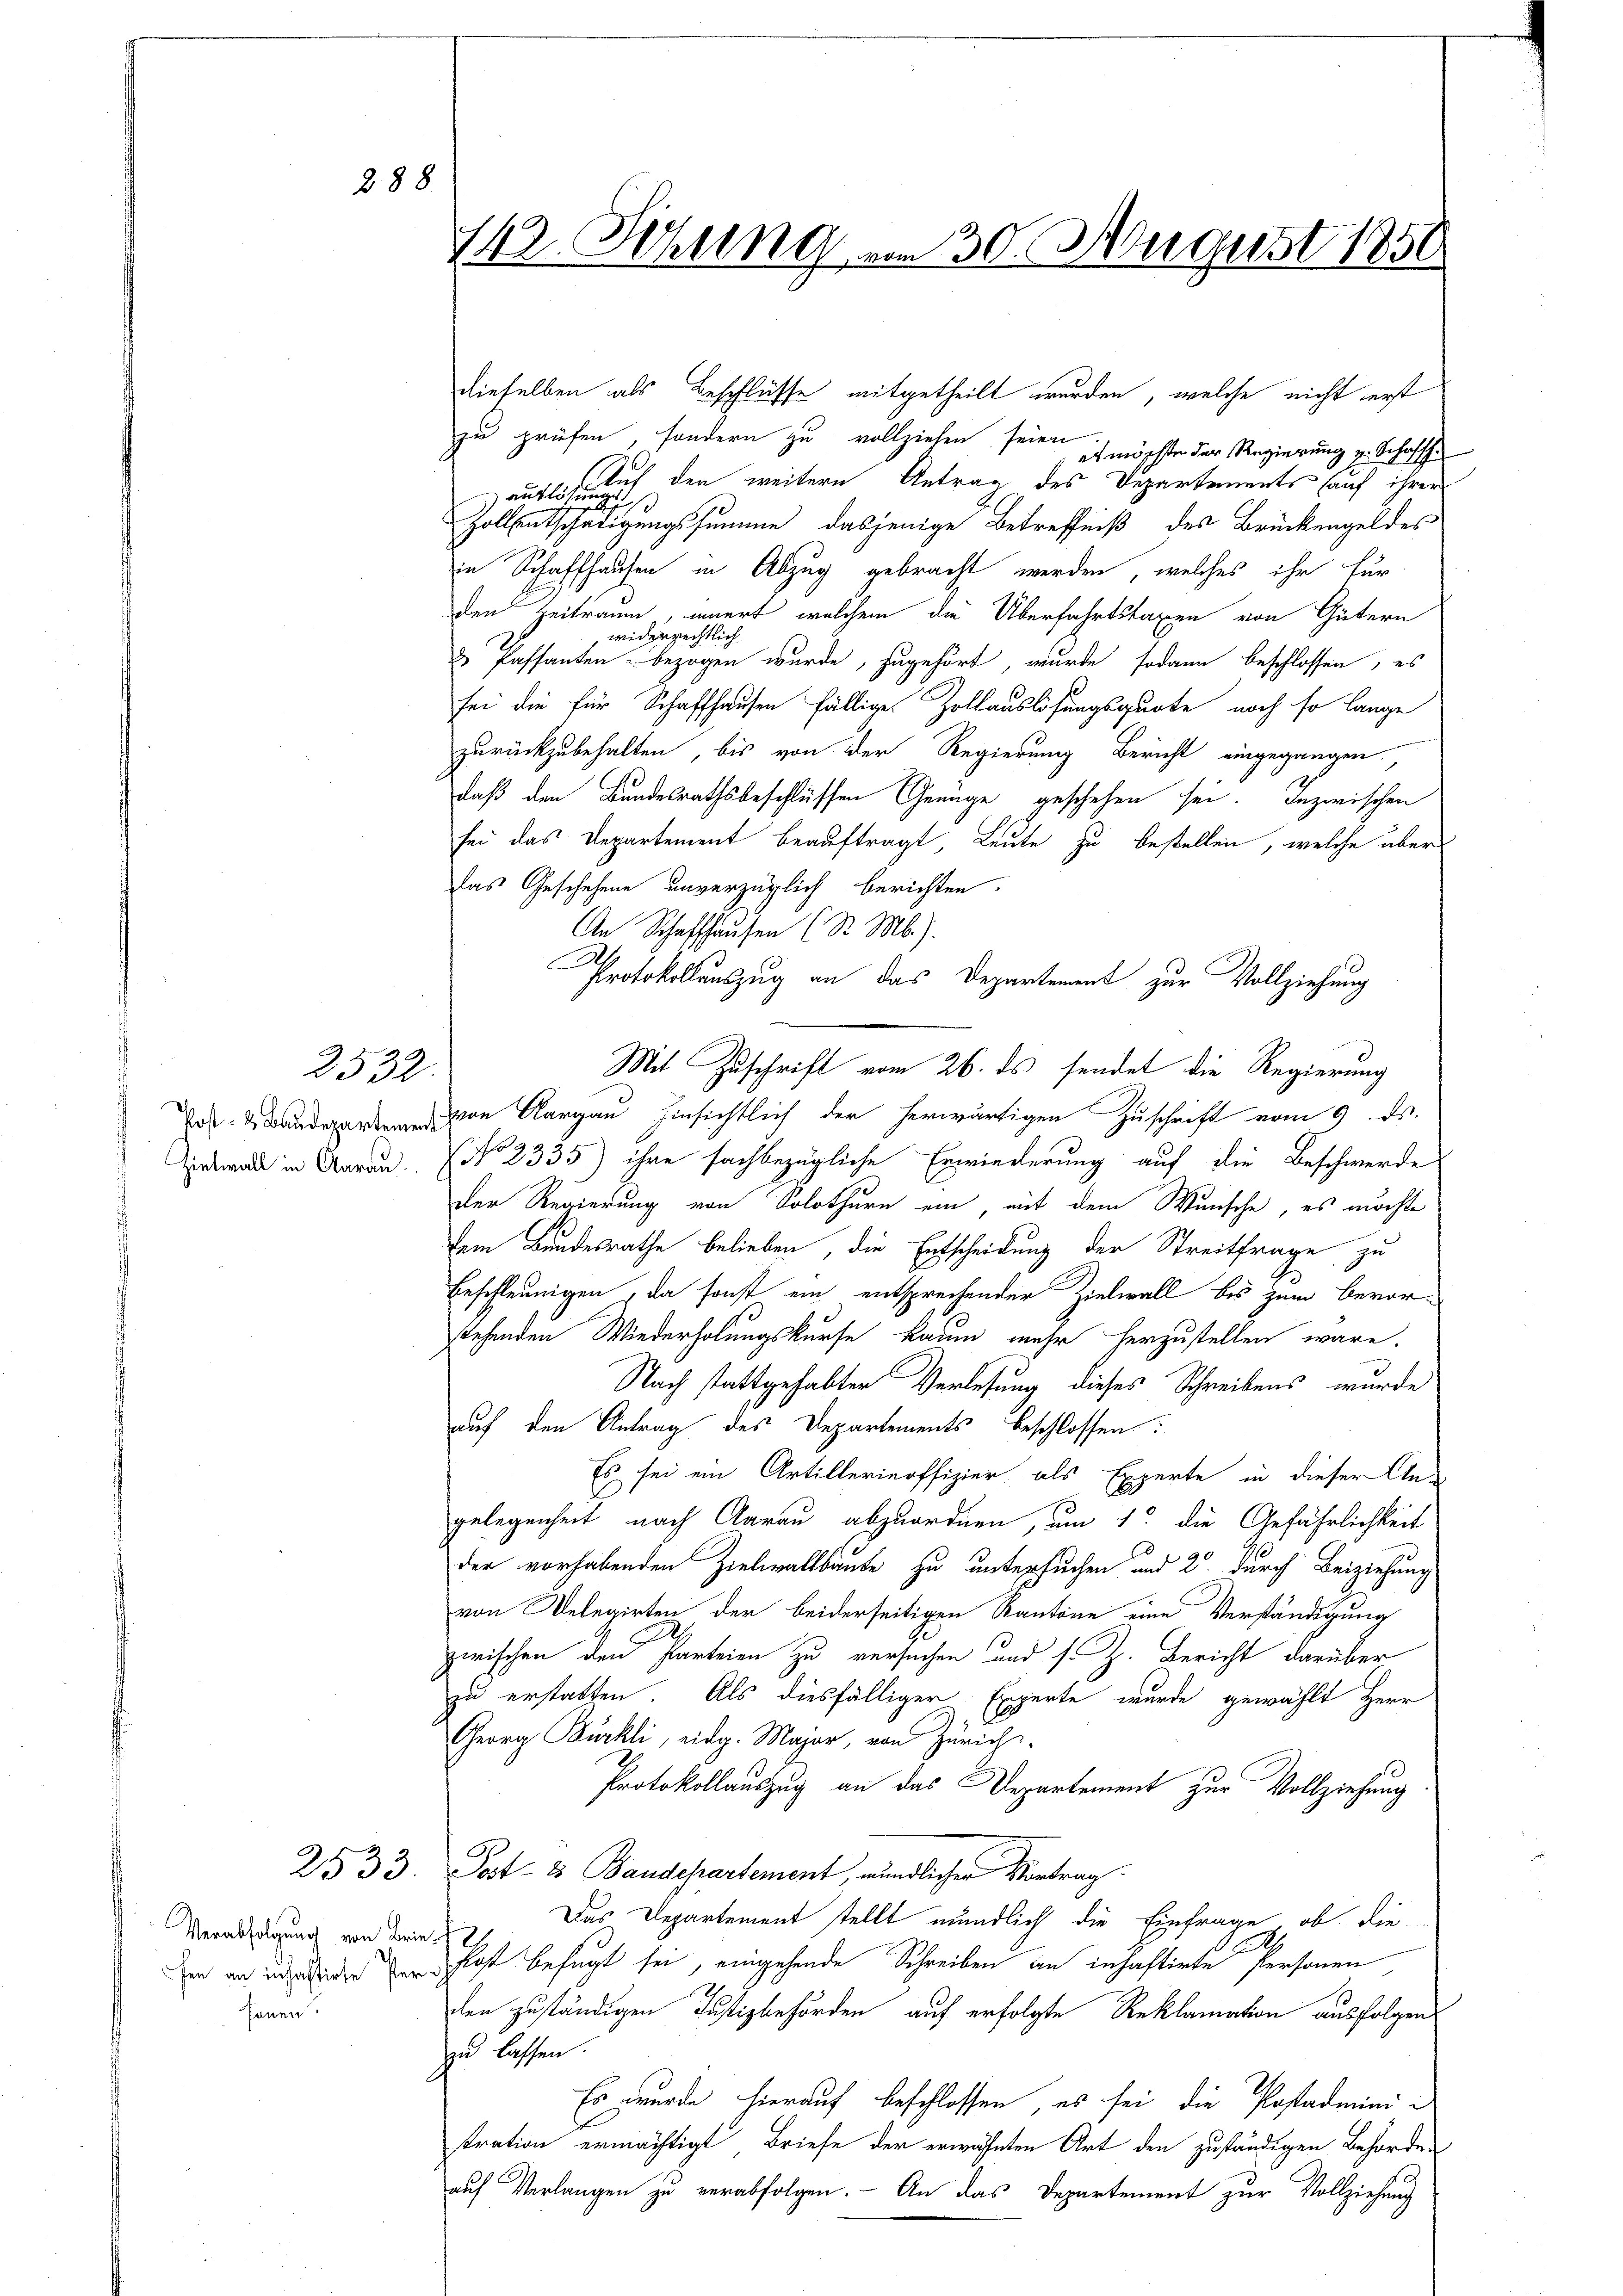
288

2532.

dieselben als Beschlüsse mitgetheilt wurden, welche nicht erst
zu prüfen, sondern zu vollziehen seien.
es möchte der Regierung v. Schaffh
Auf den weitern Antrag des Departements auf ihrer
auslösung
Zollentschädigungssumme dasjenige Betreffniß des Brückengeldes
in Schaffhausen in Abzug gebracht werden, welches ihr für
den Zeitraum, innert, welchem die Überfahrtstaxen von Gütern
widerrechtlich
& Passanten bezogen wurde, zugehört, wurde sodann beschlossen, es
sei die für Schaffhausen fälliges Zollauslösungsquote noch so lange
zurückzubehalten, bis von der Regierung Bericht eingegangen
daß den Bundesrathsbeschlüssen Genüge geschehen sei. Inzwischen
sei das Departement beauftragt, Leute zu bestellen, welche über
das Geschehene unverzüglich berichten.
An Schaffhausen (S. M.).
Protokollenszug an das Departement zur Vollziehung
Mit Zuschrift vom 26. ds sendet die Regierung
n Aargau hinsichtlich der herwärtigen Zuschrift vom 9. ds.
sideal in Aarau No 2335) ihre sachbezügliche Erwiederung auf die Beschwerde
der Regierung von Solothurn ein, mit dem Wunsche, es möchte
dem Bundesrathe belieben, die Entscheidung der Streitfrage zu
beschleunigen, da sonst ein entsprechender Zielwall bis zum bevorstehenden Wiederholungskurse kaum mehr herzustellen wäre.
Nach stattgehabten Verlesung dieses Schreibens wurde
auf den Antrag des Departements beschlossen:
Es sei ein Artillerinoffizier als Experte in dieser An-
gelegenheit nach Aarau abzuordnen, um 1. die Gefährlichkeit
der vorhabenden Zielwallbaute zu untersuchen und 2. durch Beiziehung
von Delegirten der beiderseitigen Kantone eine Verständigung
.
zwischen den Parteien zu versuchen und s. Z. Bericht darüber
zu erstatten. Als diesfälliger Experte wurde gewählt Herr
Georg Bürkli, eidg. Major, von Zürich
Protokollauszug an das Departement zur Vollziehung
2533. Post- & Baudepartement, mündlicher Vortrag
Das Departement stellt mündlich die Einfrage, ob die¬
A.
in an und des zu hast befugt sei, eingehende Schreiben an inhaftirte Personen,
den zuständigen Justizbehörden auf erfolgte Reklamation ausfolgen
zu lassen.
Es wurde hierauf beschlossen, es sei die Postadministration ermächtigt, Briefe der erwähnten Art den zuständigen Behördeauf Verlangen zu verabfolgen. - An das Departement zur Vollziehung

Verabfolgung von Brie
hönen.

142. Sitzung am 30. August 1850